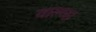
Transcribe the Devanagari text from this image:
वाल्व्स